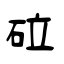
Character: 砬